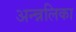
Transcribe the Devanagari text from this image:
अन्न्नलिका